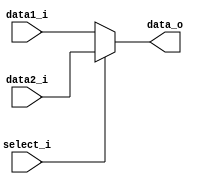
module MUX32(
    data1_i,
    data2_i,
    select_i,
    data_o     
);

input signed[31:0] data1_i, data2_i;
input select_i;
output signed [31:0] data_o;
reg signed [31:0] tmp;
assign data_o = tmp[31:0];

always @(data1_i or  data2_i or select_i) begin
	if (select_i) begin
		tmp = data2_i;		
	end
	else begin
		tmp = data1_i;
	end
end
endmodule